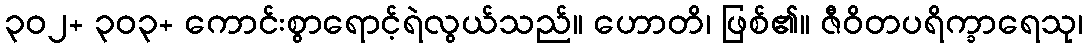
၃၀၂+ ၃၀၃+ ကောင်းစွာရောင့်ရဲလွယ်သည်။ ဟောတိ၊ ဖြစ်၏။ ဇီဝိတပရိက္ခာရေသု၊